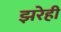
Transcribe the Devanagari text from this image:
झरेही